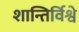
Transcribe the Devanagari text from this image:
शान्तिर्विश्वे